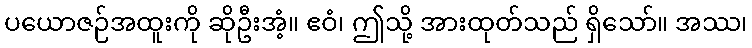
ပယောဇဉ်အထူးကို ဆိုဦးအံ့။ ဧဝံ၊ ဤသို့ အားထုတ်သည် ရှိသော်။ အဿ၊